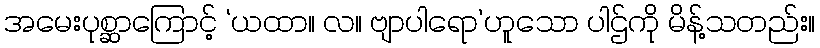
အမေးပုစ္ဆာကြောင့် ‘ယထာ။ လ။ ဗျာပါရော’ဟူသော ပါဌ်ကို မိန့်သတည်း။